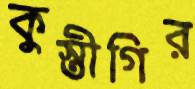
কুস্তীগির